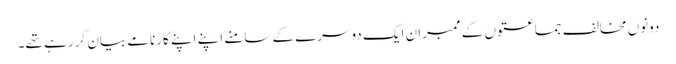
دونوں مخالف جماعتوں کے ممبران ایک دوسرے کے سامنے اپنے اپنے کارنامے بیان کر رہے تھے۔